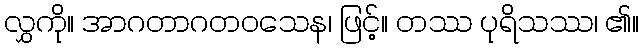
လွှကို။ အာဂတာဂတဝသေန၊ ဖြင့်။ တဿ ပုရိသဿ၊ ၏။